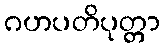
ဂဟပတိပုတ္တာ